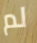
لم